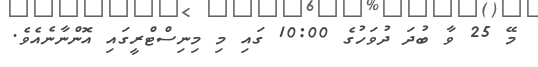
މޭ 25 ވާ ބުދަ ދުވަހުގެ 10:00 ގައި މި މިނިސްޓްރީގައި އޮންނާނެއެވެ.